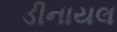
ડીનાયલ